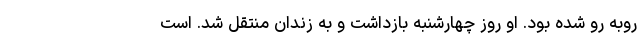
روبه رو شده بود. او روز چهارشنبه بازداشت و به زندان منتقل شد. است